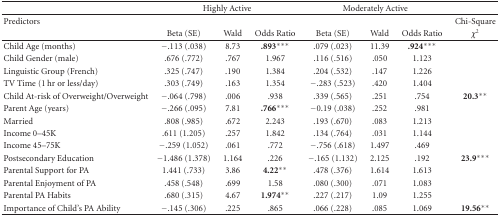
<table><thead><tr><td></td><td colspan="3"><b>Highly Active</b></td><td colspan="3"><b>Moderately Active</b></td><td></td></tr><tr><td><b>Predictors</b></td><td></td><td></td><td></td><td></td><td></td><td></td><td><b>Chi-Square</b></td></tr><tr><td></td><td><b>Beta (SE)</b></td><td><b>Wald</b></td><td><b>Odds Ratio</b></td><td><b>Beta (SE)</b></td><td><b>Wald</b></td><td><b>Odds Ratio</b></td><td><b><i>χ</i><sup>2</sup></b></td></tr></thead><tbody><tr><td>Child Age (months)</td><td>−.113 (.038)</td><td>8.73</td><td><b>.893</b>***</td><td>.079 (.023)</td><td>11.39</td><td><b>.924</b>***</td><td></td></tr><tr><td>Child Gender (male)</td><td>.676 (.772)</td><td>.767</td><td>1.967</td><td>.116 (.516)</td><td>.050</td><td>1.123</td><td></td></tr><tr><td>Linguistic Group (French)</td><td>.325 (.747)</td><td>.190</td><td>1.384</td><td>.204 (.532)</td><td>.147</td><td>1.226</td><td></td></tr><tr><td>TV Time (1 hr or less/day)</td><td>.303 (.749)</td><td>.163</td><td>1.354</td><td>−.283 (.523)</td><td>.420</td><td>1.404</td><td></td></tr><tr><td>Child At-risk of Overweight/Overweight</td><td>−.064 (.798)</td><td>.006</td><td>.938</td><td>.339 (.565)</td><td>.251</td><td>.754</td><td><b>20.3</b>**</td></tr><tr><td>Parent Age (years)</td><td>−.266 (.095)</td><td>7.81</td><td><b>.766</b>***</td><td>−0.19 (.038)</td><td>.252</td><td>.981</td><td></td></tr><tr><td>Married</td><td>.808 (.985)</td><td>.672</td><td>2.243</td><td>.193 (.670)</td><td>.083</td><td>1.213</td><td></td></tr><tr><td>Income 0–45K</td><td>.611 (1.205)</td><td>.257</td><td>1.842</td><td>.134 (.764)</td><td>.031</td><td>1.144</td><td></td></tr><tr><td>Income 45–75K</td><td>−.259 (1.052)</td><td>.061</td><td>.772</td><td>−.756 (.618)</td><td>1.497</td><td>.469</td><td></td></tr><tr><td>Postsecondary Education</td><td>−1.486 (1.378)</td><td>1.164</td><td>.226</td><td>−.165 (1.132)</td><td>2.125</td><td>.192</td><td><b>23.9</b>***</td></tr><tr><td>Parental Support for PA</td><td>1.441 (.733)</td><td>3.86</td><td><b>4.22</b>**</td><td>.478 (.376)</td><td>1.614</td><td>1.613</td><td></td></tr><tr><td>Parental Enjoyment of PA</td><td>.458 (.548)</td><td>.699</td><td>1.58</td><td>.080 (.300)</td><td>.071</td><td>1.083</td><td></td></tr><tr><td>Parental PA Habits</td><td>.680 (.315)</td><td>4.67</td><td><b>1.974</b>**</td><td>.227 (.217)</td><td>1.09</td><td>1.255</td><td></td></tr><tr><td>Importance of Child&#x27;s PA Ability</td><td>−.145 (.306)</td><td>.225</td><td>.865</td><td>.066 (.228)</td><td>.085</td><td>1.069</td><td><b>19.56</b>**</td></tr></tbody></table>